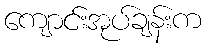
ကျောင်းအုပ်ချန်းက